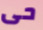
حى